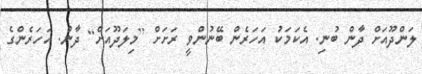
ލަންދޫއަށް ދާން ބުނި. އެކަމަކު އަހަރެން ބޭނުންވީ ރަށަށް [މިލަދޫއަށް] ދާން. އަހަރެންގެ